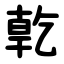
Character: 亁